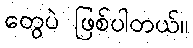
တွေပဲ ဖြစ်ပါတယ်။